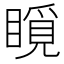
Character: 𥊋